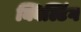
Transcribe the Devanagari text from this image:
क्विल्टिंग